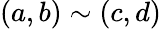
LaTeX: (a,b)\sim(c,d)